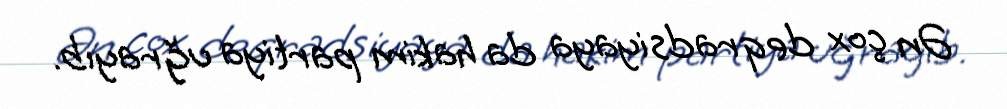
Ən çox deqradsiyaya da hakim partiya uğrayıb.